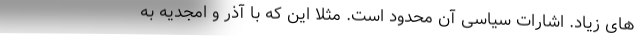
های زیاد. اشارات سیاسی آن محدود است. مثلا این که با آذر و امجدیه به